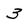
Character: 3